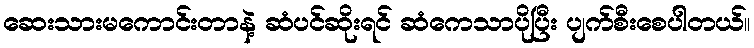
ဆေးသားမကောင်းတာနဲ့ ဆံပင်ဆိုးရင် ဆံကေသာပိုပြီး ပျက်စီးစေပါတယ်။